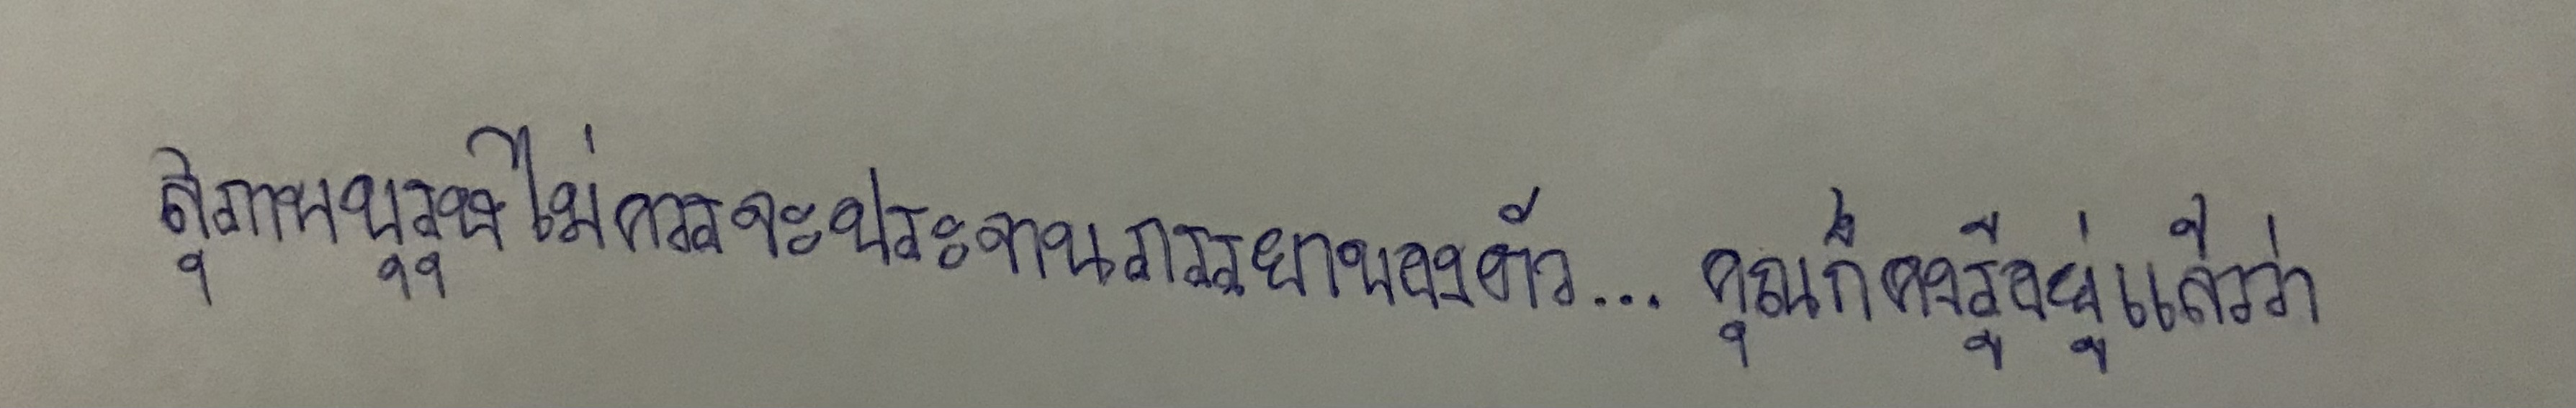
สุภาพบุรุษไม่ควรจะประจานภรรยาของตัว...คุณก็คงรู้อยู่แล้วว่า